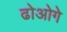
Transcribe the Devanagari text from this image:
ढोओगे